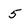
Character: 5